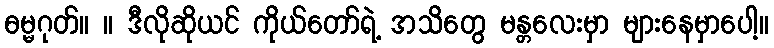
ဓမ္မဂုတ်။ ။ ဒီလိုဆိုယင် ကိုယ်တော်ရဲ့ အသိတွေ မန္တလေးမှာ များနေမှာပေါ့။